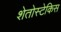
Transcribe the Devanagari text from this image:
शेतोस्टेकिस